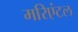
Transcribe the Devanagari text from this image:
मरिएंटल